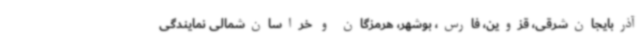
آذربایجان‌شرقی، قزوین، فارس، بوشهر، هرمزگان و خراسان‌شمالی نمایندگی